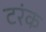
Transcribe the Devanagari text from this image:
टरंक